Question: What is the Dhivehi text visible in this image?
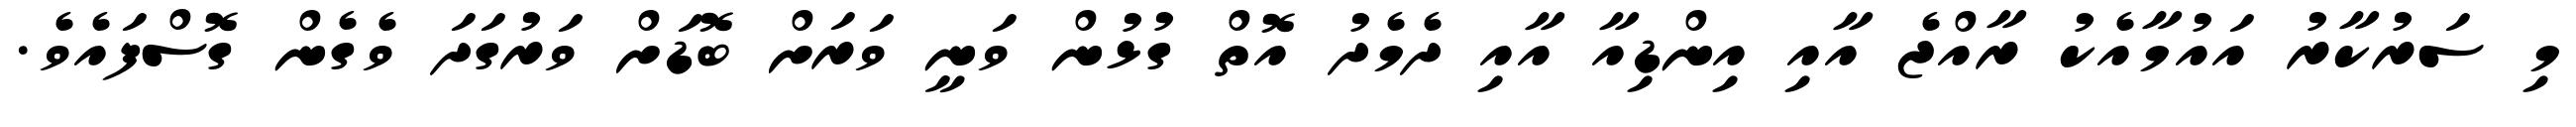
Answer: މި ސަރުކާރު އައުމާއެކު ރާއްޖެ އާއި އިންޑިއާ އާއި ދެމެދު އޮތް ގުޅުން ވަނީ ވަރަށް ބޮޑަށް ވަރުގަދަ ވެގެން ގޮސްފައެވެ.